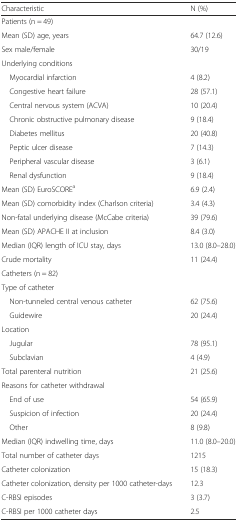
<table><thead><tr><td><b>Characteristic</b></td><td><b>N (%)</b></td></tr></thead><tbody><tr><td colspan="2">Patients (n = 49)</td></tr><tr><td>Mean (SD) age, years</td><td>64.7 (12.6)</td></tr><tr><td>Sex male/female</td><td>30/19</td></tr><tr><td colspan="2">Underlying conditions</td></tr><tr><td> Myocardial infarction</td><td>4 (8.2)</td></tr><tr><td> Congestive heart failure</td><td>28 (57.1)</td></tr><tr><td> Central nervous system (ACVA)</td><td>10 (20.4)</td></tr><tr><td> Chronic obstructive pulmonary disease</td><td>9 (18.4)</td></tr><tr><td> Diabetes mellitus</td><td>20 (40.8)</td></tr><tr><td> Peptic ulcer disease</td><td>7 (14.3)</td></tr><tr><td> Peripheral vascular disease</td><td>3 (6.1)</td></tr><tr><td> Renal dysfunction</td><td>9 (18.4)</td></tr><tr><td>Mean (SD) EuroSCORE<sup>a</sup></td><td>6.9 (2.4)</td></tr><tr><td>Mean (SD) comorbidity index (Charlson criteria)</td><td>3.4 (4.3)</td></tr><tr><td>Non-fatal underlying disease (McCabe criteria)</td><td>39 (79.6)</td></tr><tr><td>Mean (SD) APACHE II at inclusion</td><td>8.4 (3.0)</td></tr><tr><td>Median (IQR) length of ICU stay, days</td><td>13.0 (8.0–28.0)</td></tr><tr><td>Crude mortality</td><td>11 (24.4)</td></tr><tr><td colspan="2">Catheters (n = 82)</td></tr><tr><td colspan="2">Type of catheter</td></tr><tr><td> Non-tunneled central venous catheter</td><td>62 (75.6)</td></tr><tr><td> Guidewire</td><td>20 (24.4)</td></tr><tr><td colspan="2">Location</td></tr><tr><td> Jugular</td><td>78 (95.1)</td></tr><tr><td> Subclavian</td><td>4 (4.9)</td></tr><tr><td>Total parenteral nutrition</td><td>21 (25.6)</td></tr><tr><td colspan="2">Reasons for catheter withdrawal</td></tr><tr><td> End of use</td><td>54 (65.9)</td></tr><tr><td> Suspicion of infection</td><td>20 (24.4)</td></tr><tr><td> Other</td><td>8 (9.8)</td></tr><tr><td>Median (IQR) indwelling time, days</td><td>11.0 (8.0–20.0)</td></tr><tr><td>Total number of catheter days</td><td>1215</td></tr><tr><td>Catheter colonization</td><td>15 (18.3)</td></tr><tr><td>Catheter colonization, density per 1000 catheter-days</td><td>12.3</td></tr><tr><td>C-RBSI episodes</td><td>3 (3.7)</td></tr><tr><td>C-RBSI per 1000 catheter days</td><td>2.5</td></tr></tbody></table>